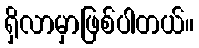
ရှိလာမှာဖြစ်ပါတယ်။